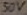
Text: 50V